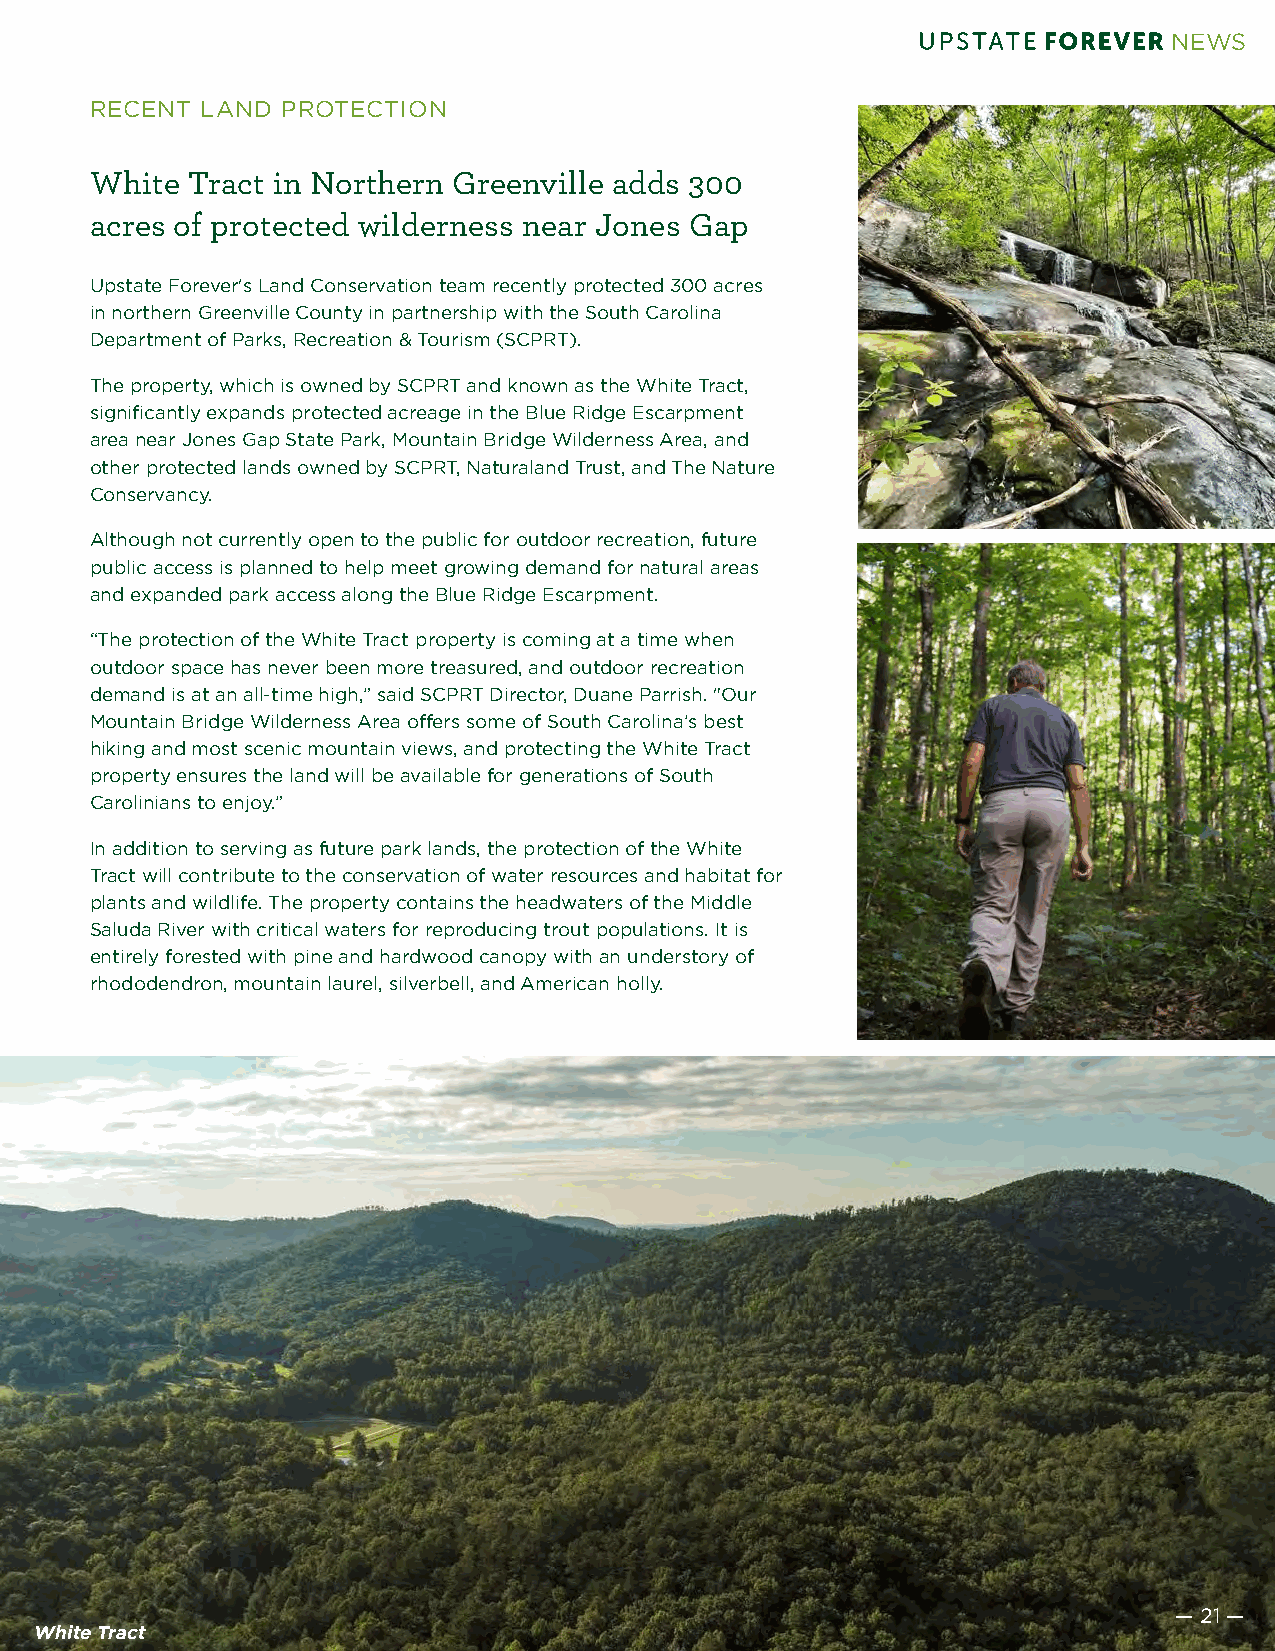
NEWS
 RECENT LAND  PROTECTION
 White Tract in Northern Greenville adds 300
 acres of protected wilderness near Jones Gap
 Upstate Forever's Land Conservation team recently protected 300 acres
 in northern Greenville County in partnership with the South Carolina
 Department of Parks, Recreation & Tourism (SCPRT).
 The property, which is owned by SCPRT and known as the White Tract,
 significantly expands protected acreage in the Blue Ridge Escarpment
 area near Jones Gap State Park, Mountain Bridge Wilderness Area, and
 other protected lands owned by SCPRT, Naturaland Trust, and The Nature
 Conservancy.
 Although not currently open to the public for outdoor recreation, future
 public access is planned to help meet growing demand for natural areas
 and expanded park access along the Blue Ridge Escarpment.
 “The protection of the White Tract property is coming at a time when
 outdoor space has never been more treasured, and outdoor recreation
 demand is at an all-time high,” said SCPRT Director, Duane Parrish. "Our
 Mountain Bridge Wilderness Area offers some of South Carolina’s best
 hiking and most scenic mountain views, and protecting the White Tract
 property ensures the land will be available for generations of South
 Carolinians to enjoy.”
 In addition to serving as future park lands, the protection of the White
 Tract will contribute to the conservation of water resources and habitat for
 plants and wildlife. The property contains the headwaters of the Middle
 Saluda River with critical waters for reproducing trout populations. It is
 entirely forested with pine and hardwood canopy with an understory of
 rhododendron, mountain laurel, silverbell, and American holly.
 — — 2211 ——
 White Tract